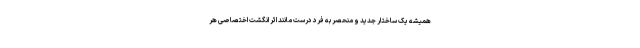
همیشه یک ساختار جدید و منحصر به فرد درست مانند اثر انگشت اختصاصی هر